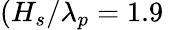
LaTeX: (H_{s}/\lambda_{p}=1.9\